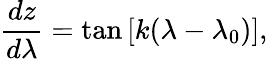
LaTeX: \frac{dz}{d\lambda}=\textrm{tan}\left[k(\lambda-\lambda_{0})\right],